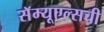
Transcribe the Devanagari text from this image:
सॅम्यूएल्सची